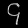
Digit: ၄